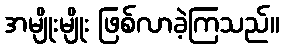
အမျိုးမျိုး ဖြစ်လာခဲ့ကြသည်။